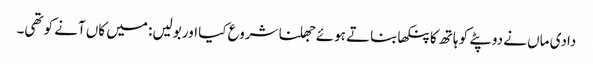
دادی ماں نے دوپٹے کو ہاتھ کا پنکھا بناتے ہوئے جھلنا شروع کیا اور بولیں: میں کاں آنے کو تھی۔